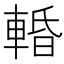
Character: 𨌲